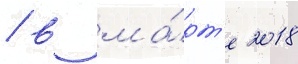
/ в ма́рт'е 2018